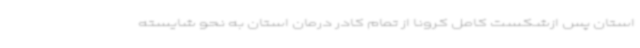
استان پس ازشکست کامل کرونا از تمام کادر درمان استان به نحو شایسته